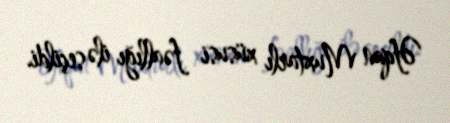
Əfqan Muxtarlı xüsusi fəallığı ilə seçildi.